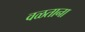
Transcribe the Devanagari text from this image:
वळताना